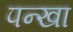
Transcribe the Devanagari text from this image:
पन्खा